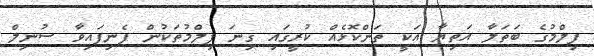
ފިލްމުގެ ބަތަލާ އަތިޔާ އަކީ ތަންކޮޅެއް ކުރީގައި ގިނަ ފިލްމުތަަކުން ފެނިފައިވާ ސުނިލް